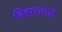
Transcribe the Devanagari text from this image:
बिहारवाले